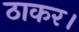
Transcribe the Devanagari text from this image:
ठाकर।